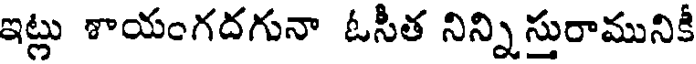
ఇట్లు శాయంగదగునా ఓసీత నిన్ని సురామునికీ